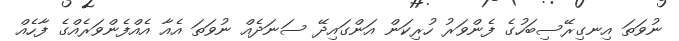
ނުވަތަ އިނގިރޭސިބަހުގެ ފެންވަރު ހުރިކަން އަންގައިދޭ ސަނަދެއް ނުވަތަ އެއާ އެއްފެންވަރެއްގެ ފާހެއް